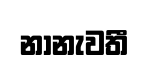
නානැවතී